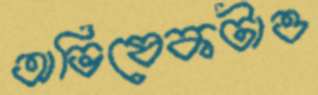
অভিষেকটাও